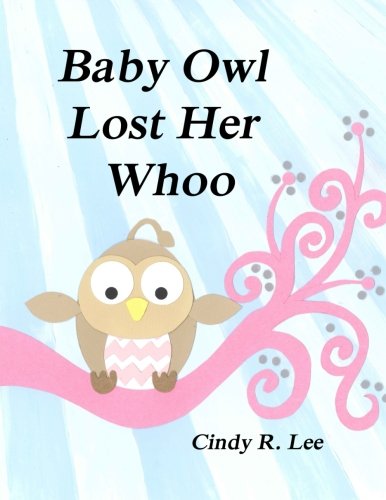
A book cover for Baby Owl Lost Her Whoo; Cindy R Lee; Parenting & Relationships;